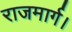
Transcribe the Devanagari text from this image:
राजमार्ग।